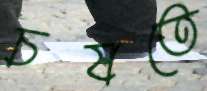
চষতে